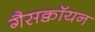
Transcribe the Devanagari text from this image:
गैसक्वॉयन